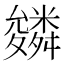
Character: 𮇾